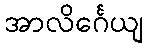
အာလိင်္ဂေယျ